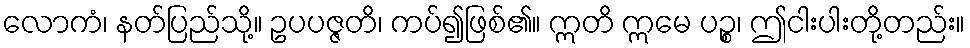
လောကံ၊ နတ်ပြည်သို့။ ဥပပဇ္ဇတိ၊ ကပ်၍ဖြစ်၏။ ဣတိ ဣမေ ပဉ္စ၊ ဤငါးပါးတို့တည်း။